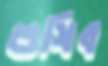
শুষিব